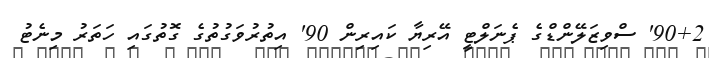
90+2' ސްވިޒަލޭންޑްގެ ޕެނަލްޓީ އޭރިޔާ ކައިރިން 90' އިތުރުވަގުތުގެ ގޮތުގައި ހަތަރު މިނެޓު